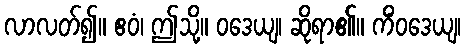
လာလတ်၍။ ဧဝံ၊ ဤသို့။ ဝဒေယျ၊ ဆိုရာ၏။ ကိံဝဒေယျ၊